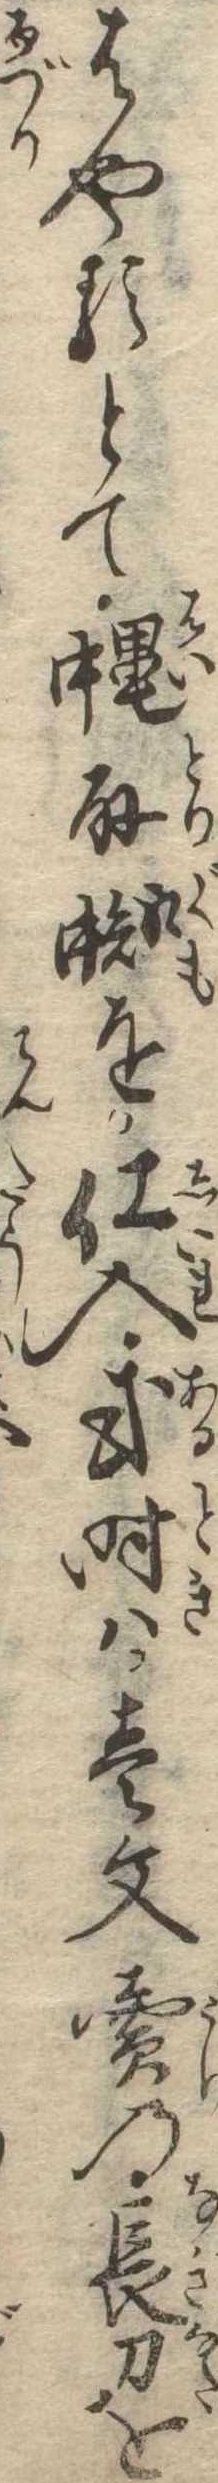
はやるとて縄取蜘を仕入或時は壱文売の長刀を